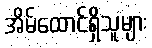
အိမ်ထောင်ရှိသူများ